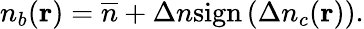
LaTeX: n_{b}({\mathbf r})=\overline{{n}}+\Delta n\mathrm{sign}\left(\Delta n_{c}({\mathbf r})\right).